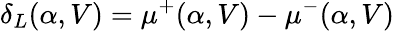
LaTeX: \delta_{L}(\alpha,V)=\mu^{+}(\alpha,V)-\mu^{-}(\alpha,V)